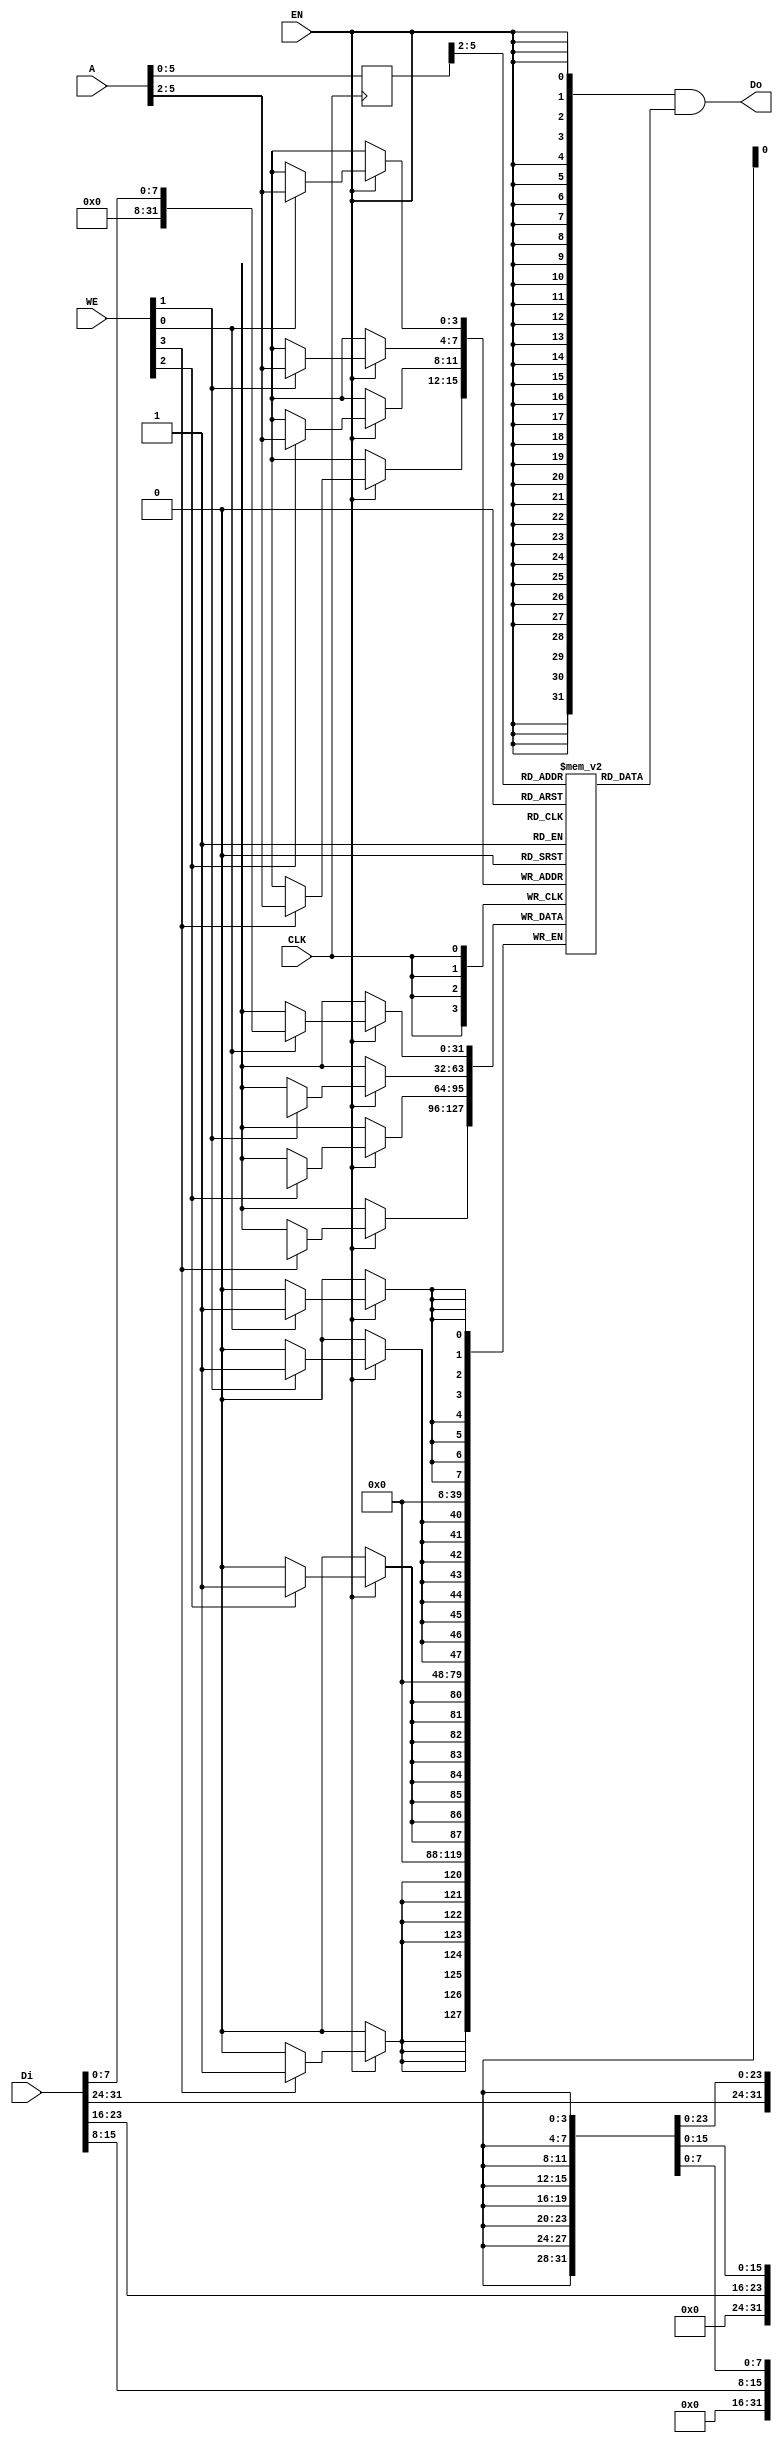
// bram behavior code (can't be synthesis)
// 11 words
module bram11 (CLK, WE, EN, Di, Do, A);

    input   wire            CLK;  // CLK : connect to global clk.
    input   wire    [3:0]   WE;   //  WE : Write enable, while ready set to 4'b1111.
    input   wire            EN;   //  EN : Data input / output enable.
    input   wire    [31:0]  Di;   //  Di : Data input.
    output  wire    [31:0]  Do;   //  Do : Data output.    
    input   wire    [11:0]   A;   //   A : Address given

    reg [31:0] RAM [0:10]; // depth 32, length 
    reg [11:0] r_A;        // r_a : read Address.

    // Synchronous Read Data : 
    // After a posedge clk, address is write to r_a,
    // then while en = 1, Do reads the data at address r_a.
    
    always @(posedge CLK) begin
        r_A <= A;
    end

    assign Do = {32{EN}} & RAM[r_A>>2];

    always @(posedge CLK) begin
        if(EN) begin
	    	if(WE[0]) RAM[A>>2][7:0] <= Di[7:0];
	    	if(WE[1]) RAM[A>>2][15:8] <= Di[15:8];
	    	if(WE[2]) RAM[A>>2][23:16] <= Di[23:16];
	    	if(WE[3]) RAM[A>>2][31:24] <= Di[31:24];
        end
    end

endmodule